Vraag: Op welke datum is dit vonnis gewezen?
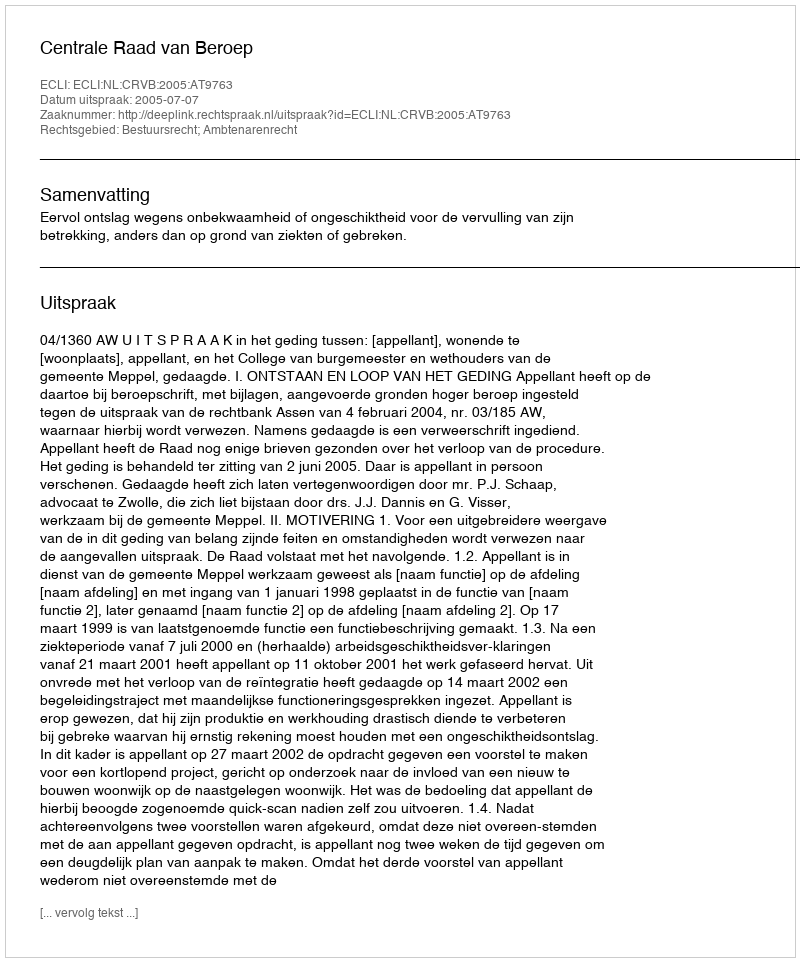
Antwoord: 2005-07-07